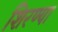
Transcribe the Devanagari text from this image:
शिरण्या